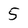
Character: 5